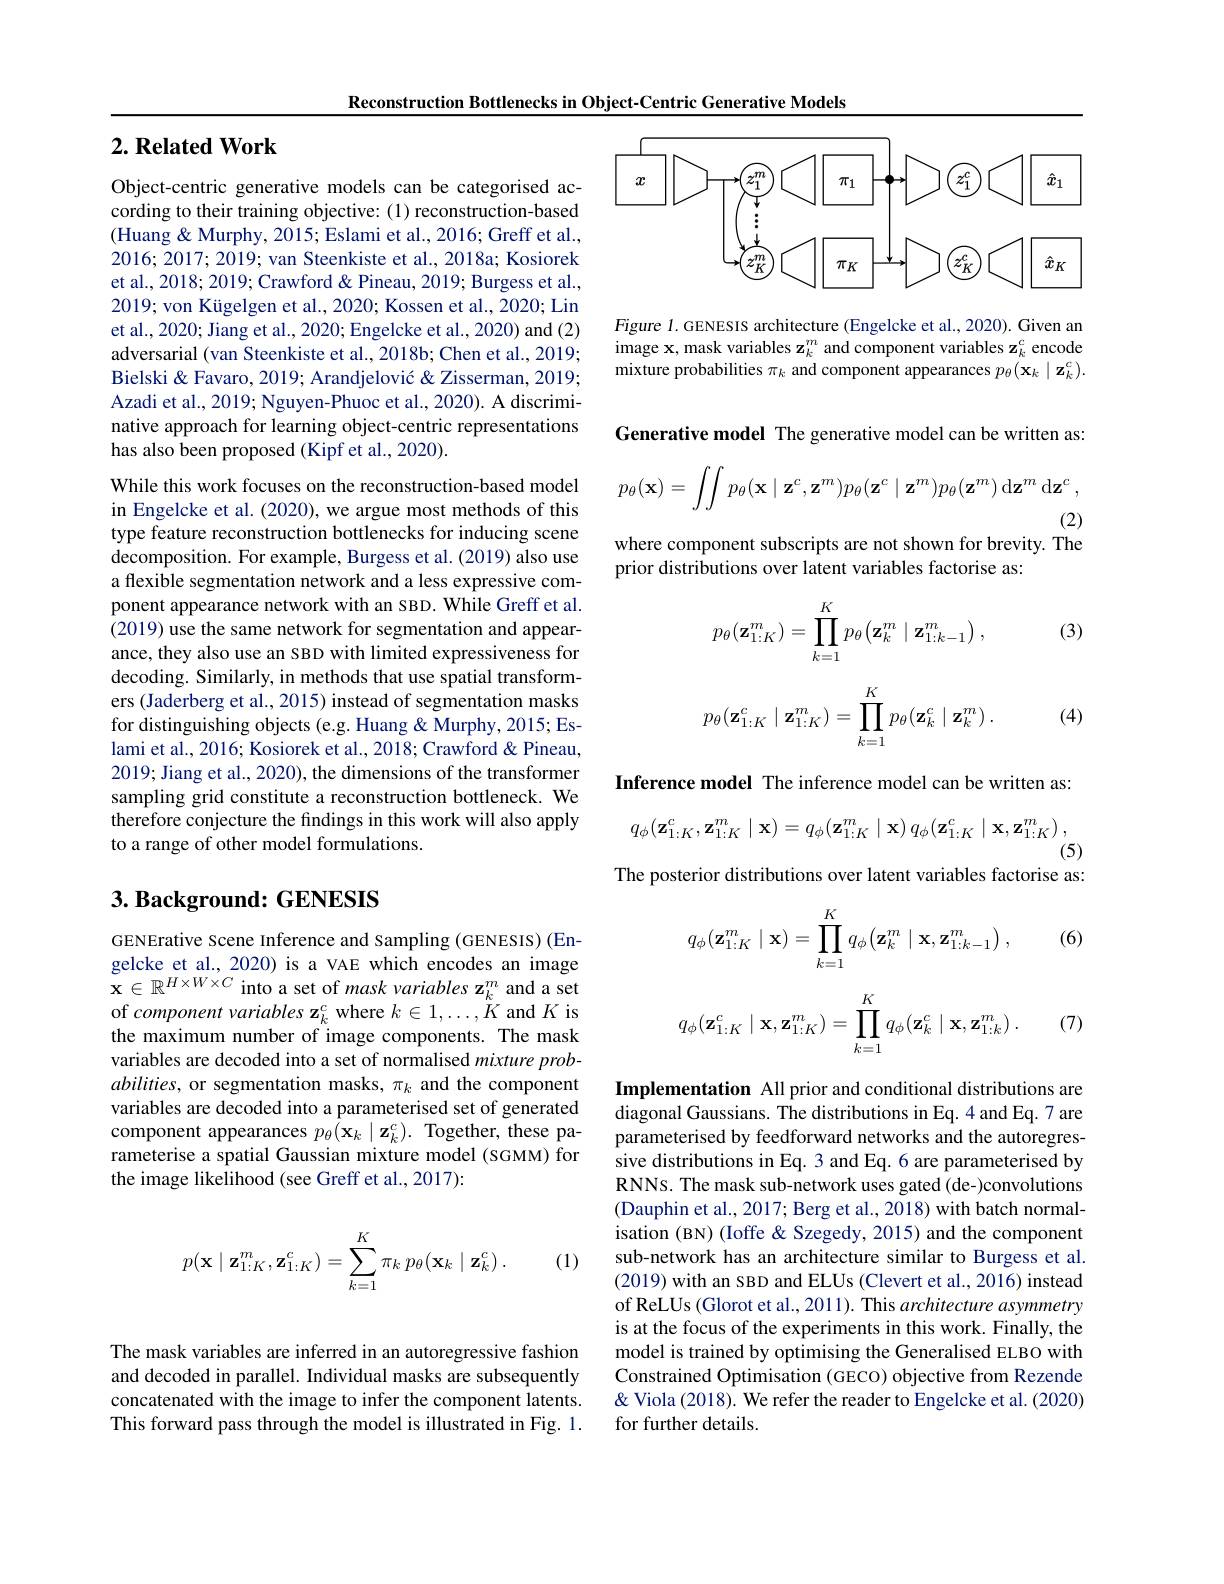
Reconstruction Bottlenecks in Object-Centric Generative Models

## $2. \textbf{Related Work}$

Object-centric generative models can be categorised according to their training objective: (1) reconstruction-based (Huang & Murphy, 2015; Eslami et al., 2016; Greff et al., 2016;2017;2019; van Steenkiste et al., 2018a; Kosiorek et al., 2018; 2019; Crawford & Pineau, 2019; Burgess et al., 2019; von Kügelgen et al., 2020; Kossen et al., 2020; Lin et al., 2020; Jiang et al., 2020; Engelcke et al., 2020) and (2) adversarial (van Steenkiste et al., 2018b; Chen et al., 2019; Bielski & Favaro, 2019; Arandjelović & Zisserman, 2019; Azadi et al., 2019; Nguyen-Phuoc et al., 2020). A discriminative approach for learning object-centric representations has also been proposed (Kipf et al., 2020).

While this work focuses on the reconstruction-based model in Engelcke et al. (2020), we argue most methods of this type feature reconstruction bottlenecks for inducing scene decomposition. For example, Burgess et al. (2019) also use a flexible segmentation network and a less expressive component appearance network with an SBD. While Greff et al. (2019) use the same network for segmentation and appearance, they also use an SBD with limited expressiveness for decoding. Similarly, in methods that use spatial transformers (Jaderberg et al., 2015) instead of segmentation masks for distinguishing objects (e.g. Huang & Murphy, 2015; Eslami et al., 2016; Kosiorek et al., 2018; Crawford & Pineau, 2019; Jiang et al., 2020), the dimensions of the transformer sampling grid constitute a reconstruction bottleneck. We therefore conjecture the findings in this work will also apply to a range of other model formulations.

# $3. \textbf{ Background: GENESIS}$

GENErative Scene Inference and Sampling (GENESIS) (Engelcke et al., 2020) is a VAE which encodes an image $\mathbf{x}\in\mathbb{R}^{H\times W\times C}$ into a set of mask variables z$_k^m$ and a set of component variables z$_k^c$ where $k\in1,\ldots,\ddot{K}$ and $K$ is the maximum number of image components. The mask variables are decoded into a set of normalised mixture probabilities, or segmentation masks, $\pi_k$ and the component variables are decoded into a parameterised set of generated component appearances $p_\theta(\mathbf{x}_k\mid\mathbf{z}_k^c).$ Together, these parameterise a spatial Gaussian mixture model (SGMM) for the image likelihood (see Greff et al., 2017):
$$p(\mathbf{x}\mid\mathbf{z}_{1:K}^m,\mathbf{z}_{1:K}^c)=\sum_{k=1}^K\pi_k\:p_\theta(\mathbf{x}_k\mid\mathbf{z}_k^c)\:.$$
(1)

<FigureHere>

Figure 1. GENESIS architecture (Engelcke et al., 2020). Given an image x, mask variables z$_k^m$ and component variables z$_k^c$ encode mixture probabilities $\pi_k$ and component appearances $p_\theta(\mathbf{x}_k\mid\mathbf{z}_k^c).$

Generative model The generative model can be written as:
$$p_\theta(\mathbf{x})=\int\int p_\theta(\mathbf{x}\mid\mathbf{z}^c,\mathbf{z}^m)p_\theta(\mathbf{z}^c\mid\mathbf{z}^m)p_\theta(\mathbf{z}^m)\:\mathrm{d}\mathbf{z}^m\:\mathrm{d}\mathbf{z}^c\:,$$
(2)

where component subscripts are not shown for brevity. The
prior distributions over latent variables factorise as:

(3)
$$p_\theta(\mathbf{z}_{1:K}^m)=\prod\limits_{k=1}^Kp_\theta\big(\mathbf{z}_k^m\mid\mathbf{z}_{1:k-1}^m\big)\:,$$
$$p_\theta(\mathbf{z}_{1:K}^c\mid\mathbf{z}_{1:K}^m)=\prod_{k=1}^Kp_\theta(\mathbf{z}_k^c\mid\mathbf{z}_k^m)\:.$$
(4)

Inference model The inference model can be written as:
$$q_{\phi}(\mathbf{z}_{1:K}^{c},\mathbf{z}_{1:K}^{m}\mid\mathbf{x})=q_{\phi}(\mathbf{z}_{1:K}^{m}\mid\mathbf{x})\:q_{\phi}(\mathbf{z}_{1:K}^{c}\mid\mathbf{x},\mathbf{z}_{1:K}^{m})\:,$$
(5)
The posterior distributions over latent variables factorise as:

(6)
$$q_\phi(\mathbf{z}_{1:K}^m\mid\mathbf{x})=\prod\limits_{k=1}^Kq_\phi\big(\mathbf{z}_k^m\mid\mathbf{x},\mathbf{z}_{1:k-1}^m\big)\:,$$
$$q_\phi(\mathbf{z}_{1:K}^c\mid\mathbf{x},\mathbf{z}_{1:K}^m)=\prod_{k=1}^Kq_\phi(\mathbf{z}_k^c\mid\mathbf{x},\mathbf{z}_{1:k}^m)\:.\quad(7)$$
Implementation All prior and conditional distributions are diagonal Gaussians. The distributions in Eq. 4 and Eq. 7 are parameterised by feedforward networks and the autoregressive distributions in Eq. 3 and Eq. 6 are parameterised by RNNs. The mask sub-network uses gated (de-)convolutions (Dauphin et al., 2017; Berg et al., 2018) with batch normalisation (BN) (Ioffe & Szegedy, 2015) and the component sub-network has an architecture similar to Burgess et al. (2019) with an SBD and ELUs (Clevert et al., 2016) instead of ReLUs (Glorot et al., 2011). This architecture asymmetry is at the focus of the experiments in this work. Finally, the model is trained by optimising the Generalised ELBO with Constrained Optimisation (GECO) objective from Rezende & Viola (2018). We refer the reader to Engelcke et al. (2020) for further details.

The mask variables are inferred in an autoregressive fashion and decoded in parallel. Individual masks are subsequently concatenated with the image to infer the component latents. This forward pass through the model is illustrated in Fig. 1.